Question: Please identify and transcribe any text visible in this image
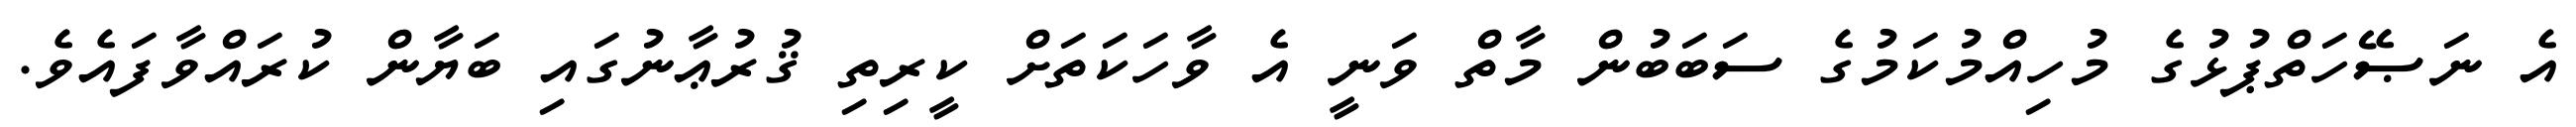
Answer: އެ ނަޞޭހަތްޕުޅުގެ މުހިއްމުކަމުގެ ސަބަބުން މާތް ވަނީ އެ ވާހަކަތަށް ކީރިތި ޤުރުޢާނުގައި ބަޔާން ކުރައްވާފައެވެ.